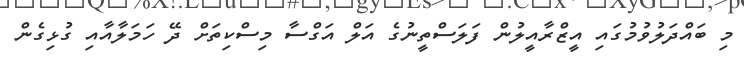
މި ބައްދަލުވުމުގައި އީޒްރާއީލުން ފަލަސްތީނުގެ އަލް އަގްސާ މިސްކިތަށް ދޭ ހަމަލާއާއި ގުޅިގެން